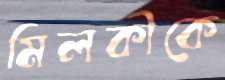
মিলকীকে